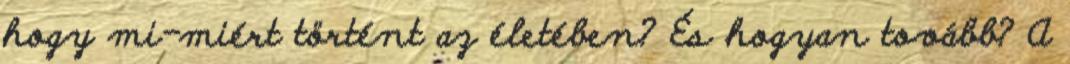
hogy mi-miért történt az életében? És hogyan tovább? A